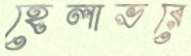
হেলাভরে